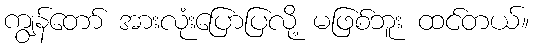
ကျွန်တော် အားလုံးပြောပြလို့ မဖြစ်ဘူး ထင်တယ်။